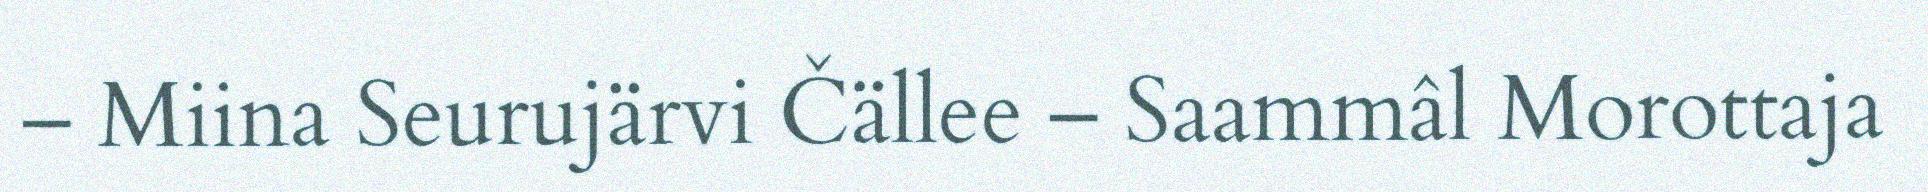
– Miina Seurujärvi Čällee – Saammâl Morottaja